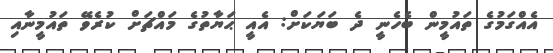
އެއްގަމުގެ ތައުމީން ބެހެނީ ދެ ބަޔަކަށް: އެއީ ޙަޔާތުގެ މައްޗަށް ކުރެވޭ ތައުމީނާއި